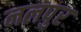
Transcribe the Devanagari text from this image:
नलपुर